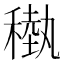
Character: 𥡩